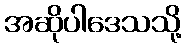
အဆိုပါဒေသသို့